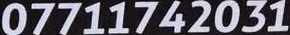
07711742031